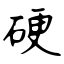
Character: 硬